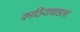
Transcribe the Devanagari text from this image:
काठियावाडला